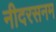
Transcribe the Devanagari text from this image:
नीदरसनम